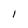
Character: I